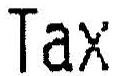
TAX